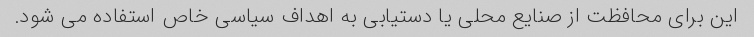
این برای محافظت از صنایع محلی یا دستیابی به اهداف سیاسی خاص استفاده می شود.